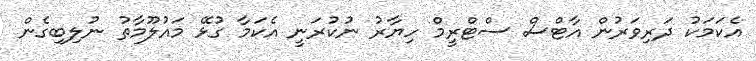
އެކަމަކު ދަރިވަރުން އާޓްސް ސްޓްރީމް ހިޔާރު ނުކުރަނީ އެކަމާ ގުޅޭ މައުލޫމާތު ނުލިބިގެން